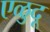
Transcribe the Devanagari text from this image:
एळुदू